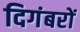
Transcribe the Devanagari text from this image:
दिगंबरों